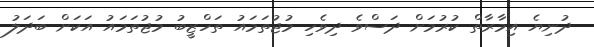
ދުނިޔެ އިމާރާތް ކުރުމަށް ދަސްވެ ދިވެހި މުޖުތަމައު ތަހްޒީބު މުޖުތަމައު އަކަށް ބަދަލު